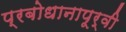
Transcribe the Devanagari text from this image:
प्रबोधानापूर्वी